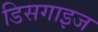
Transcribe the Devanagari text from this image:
डिसगाइज